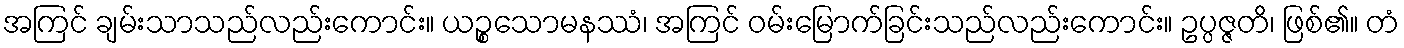
အကြင် ချမ်းသာသည်လည်းကောင်း။ ယဉ္စသောမနဿံ၊ အကြင် ဝမ်းမြောက်ခြင်းသည်လည်းကောင်း။ ဥပ္ပဇ္ဇတိ၊ ဖြစ်၏။ တံ